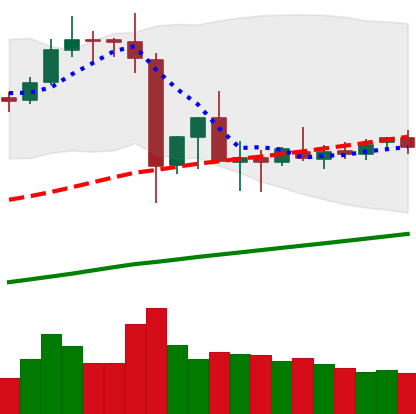
Ticker: ETC-USD
Chart end date: 2019-07-09
Forward return: -28.272%
Label: down_7plus